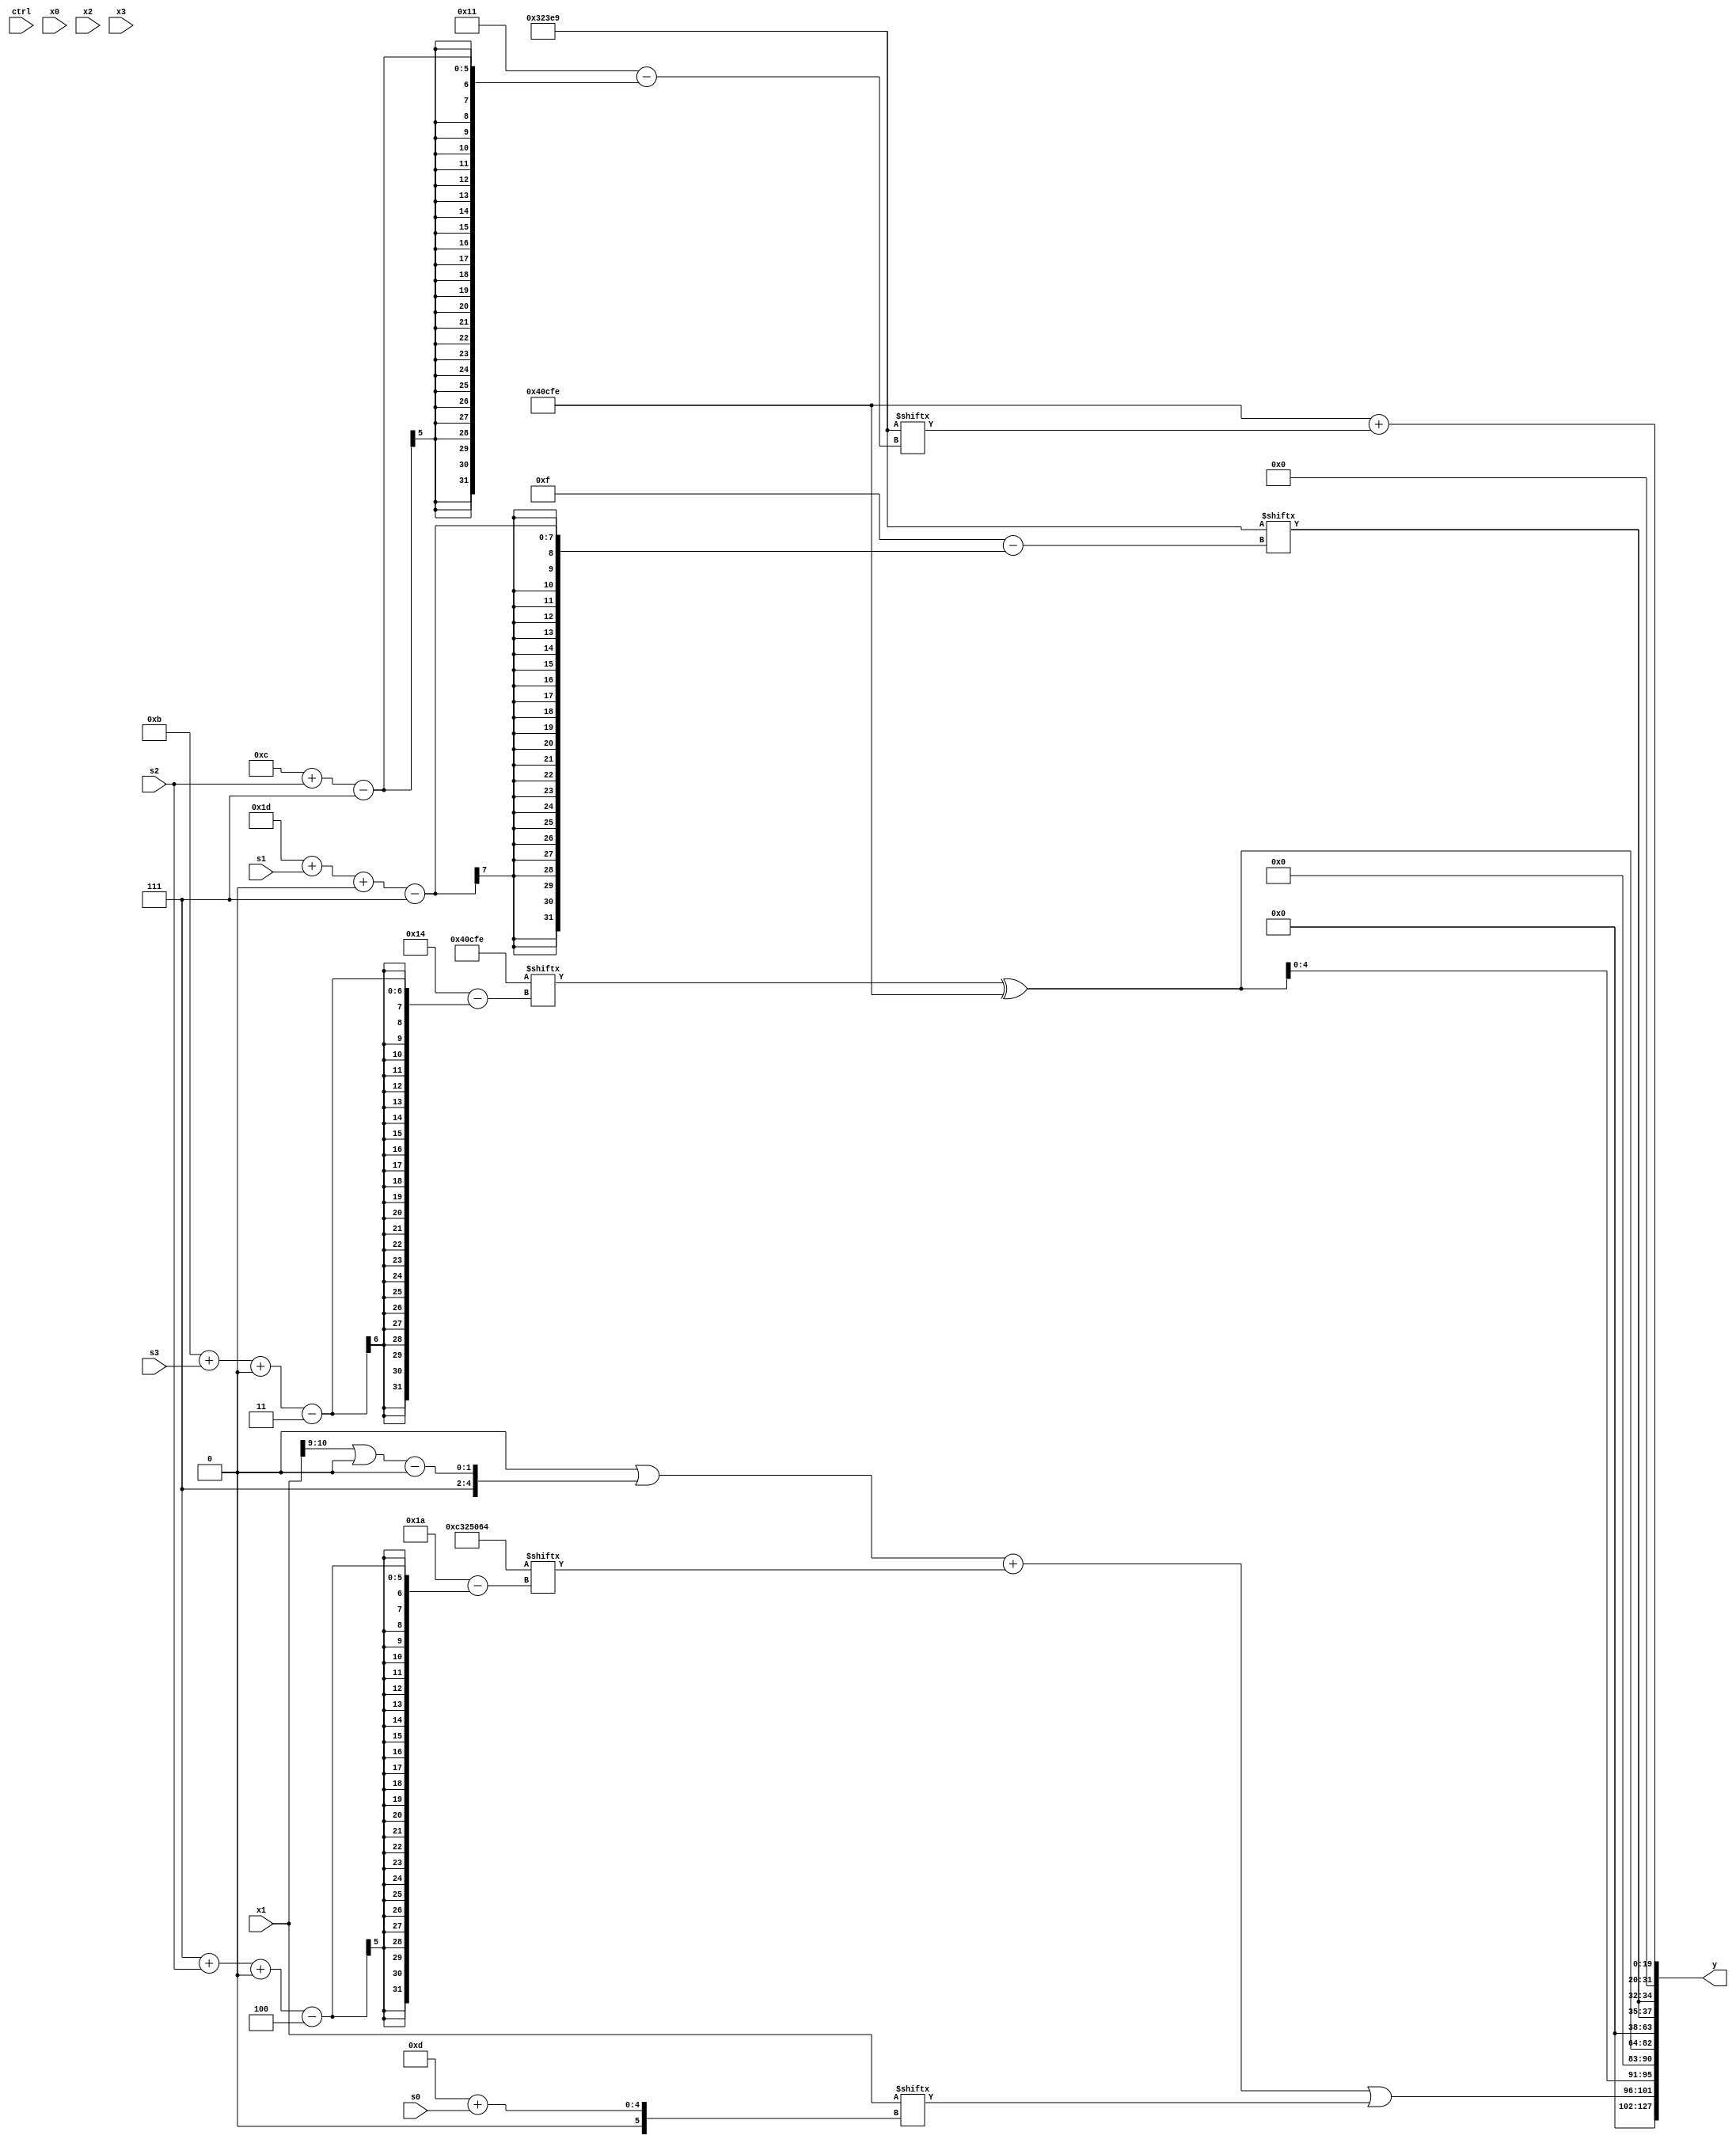
module partsel_00368(ctrl, s0, s1, s2, s3, x0, x1, x2, x3, y);
  input [3:0] ctrl;
  input [2:0] s0;
  input [2:0] s1;
  input [2:0] s2;
  input [2:0] s3;
  input [31:0] x0;
  input [31:0] x1;
  input signed [31:0] x2;
  input [31:0] x3;
  wire [2:24] x4;
  wire [4:26] x5;
  wire signed [3:29] x6;
  wire signed [30:2] x7;
  wire signed [29:5] x8;
  wire signed [24:2] x9;
  wire signed [30:6] x10;
  wire signed [29:1] x11;
  wire signed [26:5] x12;
  wire signed [1:27] x13;
  wire signed [5:26] x14;
  wire [2:31] x15;
  output [127:0] y;
  wire [31:0] y0;
  wire [31:0] y1;
  wire signed [31:0] y2;
  wire [31:0] y3;
  assign y = {y0,y1,y2,y3};
  localparam signed [29:0] p0 = 922817266;
  localparam [3:29] p1 = 537136382;
  localparam [4:31] p2 = 741494884;
  localparam signed [7:24] p3 = 902505449;
  assign x4 = x2;
  assign x5 = x0;
  assign x6 = ({2{{({2{x2}} ^ (!ctrl[2] || ctrl[1] && ctrl[2] ? p3 : x1[5 + s0 +: 8])), x0[30 + s3 +: 5]}}} - p1[13 + s1]);
  assign x7 = ((x0[11 + s3 -: 1] | x1) + ({((ctrl[1] && ctrl[3] || ctrl[0] ? p1[8 + s3 -: 4] : x1) & p2[1 + s2 +: 1]), (p2[19 +: 1] - (x1[14] | x5[20 -: 4]))} + (!ctrl[2] || ctrl[0] && !ctrl[0] ? {2{x3}} : (!ctrl[1] || ctrl[0] || ctrl[3] ? (ctrl[3] || !ctrl[2] && !ctrl[0] ? x5[9] : x2[19 + s0 +: 6]) : (p3[10 + s3] | p2[19])))));
  assign x8 = (p3[12 + s0] ^ (ctrl[0] && !ctrl[0] || !ctrl[0] ? (((p3[19 -: 4] ^ x7[4 + s0]) ^ x4) & p2[15 + s1]) : p2));
  assign x9 = p3;
  assign x10 = x3;
  assign x11 = p2[11 + s1 -: 8];
  assign x12 = (({p2[16 +: 4], p0[15 +: 1]} | ((!ctrl[2] || ctrl[3] && ctrl[2] ? p0[11 +: 3] : (p1[10 + s2] | p2[7 + s2])) & (ctrl[3] || !ctrl[3] && ctrl[1] ? {p3[15 + s0 +: 7], x1} : x11[31 + s2 +: 4]))) + {2{p1[8 + s1 +: 3]}});
  assign x13 = x1;
  assign x14 = {2{x12[17 + s0]}};
  assign x15 = (ctrl[3] || !ctrl[0] && !ctrl[3] ? {2{((ctrl[0] && !ctrl[2] || ctrl[3] ? x4[1 + s1 -: 1] : (ctrl[3] || ctrl[3] && ctrl[2] ? x7[9] : x8[18 + s1])) & p1[22 + s1 -: 6])}} : ({2{((x9 + (x6[22 + s0 -: 1] & x11[15 + s3 +: 7])) ^ (!ctrl[0] && ctrl[2] && ctrl[0] ? (p1[18 + s3] | x3[13 +: 2]) : p3[21 -: 1]))}} & x6));
  assign y0 = (((p0[19 -: 3] | {x9[9 +: 3], ((x1[9 +: 2] | p3[22]) - p2[16])}) + p2[7 + s2 +: 2]) | x1[13 + s0]);
  assign y1 = {2{(p1[11 + s3 +: 7] ^ p1)}};
  assign y2 = {2{p3[29 + s1 +: 3]}};
  assign y3 = (p1 + p3[12 + s2]);
endmodule